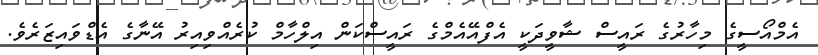
އެމްއޯސީގެ މިހާރުގެ ރައީސް ޝާވީދަކީ އެފްއޭއެމްގެ ރައީސްކަން އިލްހާމް ކުރެއްވިއިރު އޭނާގެ އެޑްވައިޒަރެވެ.